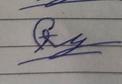
Signature authenticity: forged